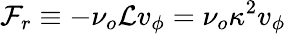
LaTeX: \mathcal{F}_{r}\equiv-\nu_{o}\mathcal{{L}}v_{\phi}=\nu_{o}\kappa^{2}v_{\phi}